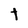
Character: t